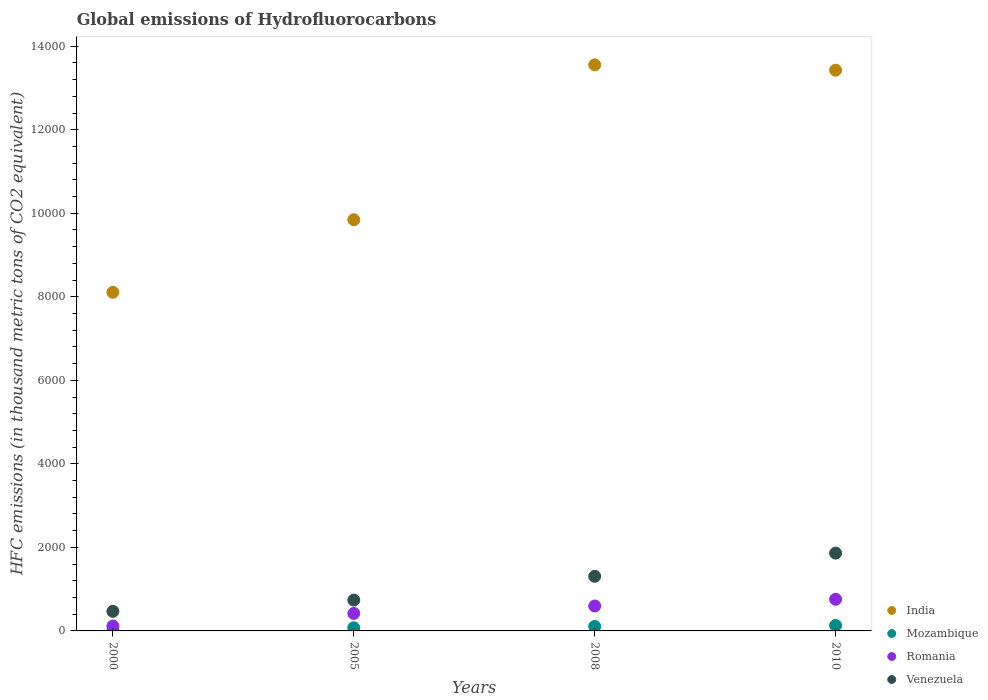
| Years | India | Mozambique | Romania | Venezuela |
 | --- | --- | --- | --- | --- |
 | 2000 | 8.11e+03 | 18.8 | 118 | 468 |
 | 2005 | 9.85e+03 | 75.2 | 419 | 738 |
 | 2008 | 1.36e+04 | 108 | 596 | 1.31e+03 |
 | 2010 | 1.34e+04 | 131 | 758 | 1.86e+03 |